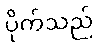
ပိုက်သည်